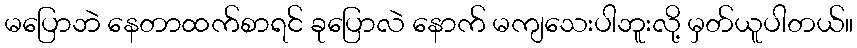
မပြောဘဲ နေတာထက်စာရင် ခုပြောလဲ နောက် မကျသေးပါဘူးလို့ မှတ်ယူပါတယ်။